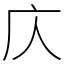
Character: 庂